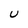
Character: U